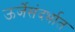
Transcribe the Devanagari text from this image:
ऊर्जेसंदर्भात